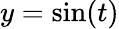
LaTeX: y=\sin(t)